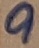
Text: 9